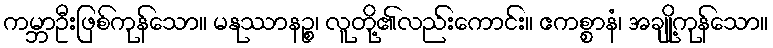
ကမ္ဘာဦးဖြစ်ကုန်သော။ မနုဿာနဉ္စ၊ လူတို့၏လည်းကောင်း။ ဧကစ္စာနံ၊ အချို့ကုန်သော။